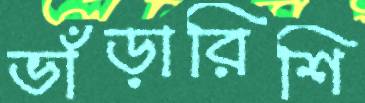
ভাঁড়ারিশি